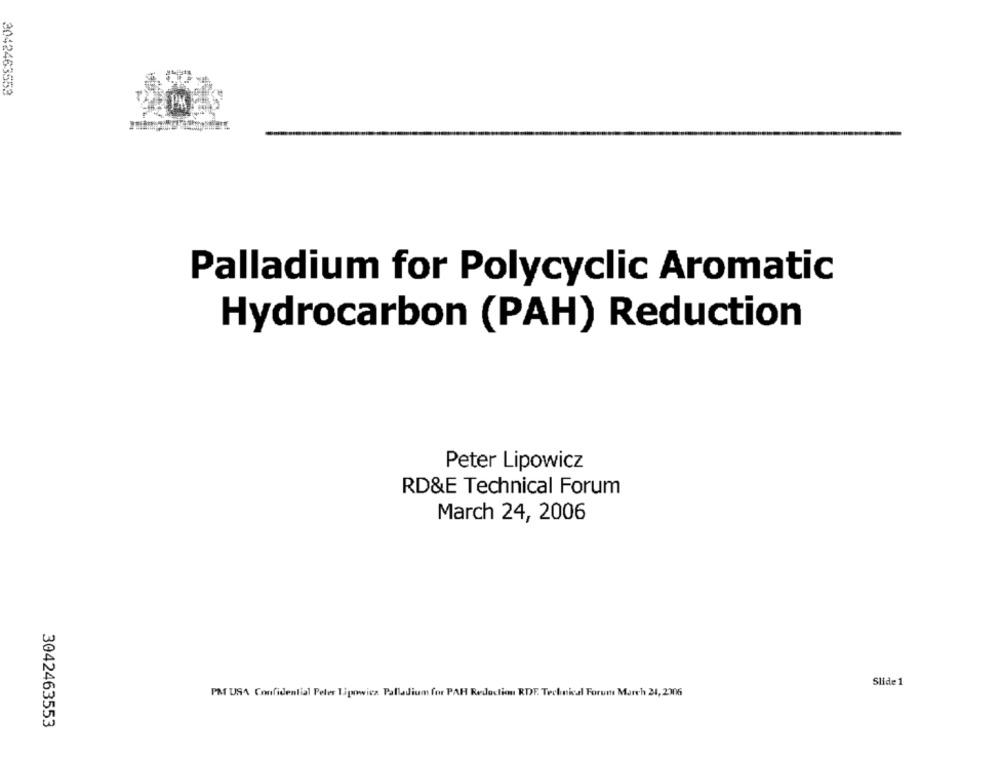
2042463553
Palladium for Polycyclic Aromatic
Hydrocarbon (PAH) Reduction
Peter Lipowicz
RD&E Technical Forum
March 24, 2006
Slide 1
PM USA Confidential Peler Tipowicz Palladium for PAR Redaction RDF. Technical Forum March 24, 2306
3042463553